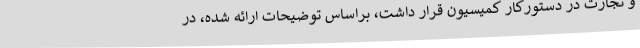
و تجارت در دستورکار کمیسیون قرار داشت، براساس توضیحات ارائه شده، در